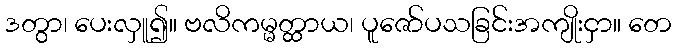
ဒတွာ၊ ပေးလှူ၍။ ဗလိကမ္မတ္ထာယ၊ ပူဇော်ပသခြင်းအကျိုးငှာ။ တေ